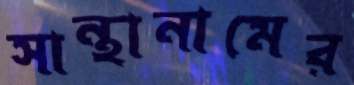
সান্থানামের